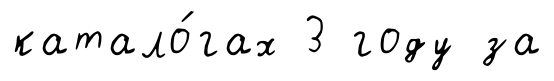
катало́гах 3 году за